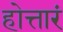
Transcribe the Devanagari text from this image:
होत्तारं